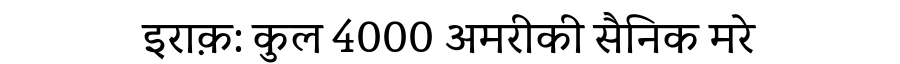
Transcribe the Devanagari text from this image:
इराक़: कुल 4000 अमरीकी सैनिक मरे